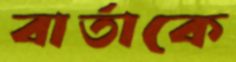
বার্তাকে